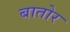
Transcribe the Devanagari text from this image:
बातोर